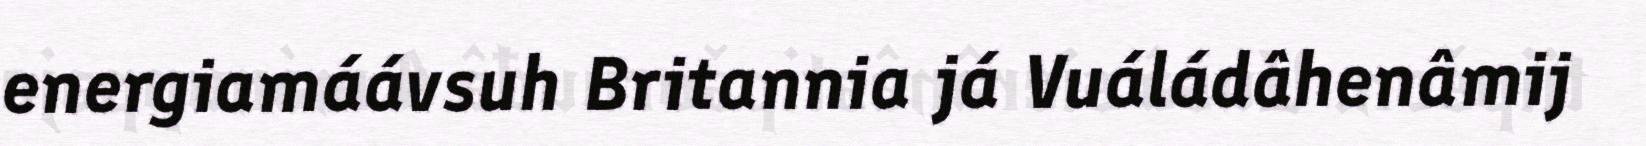
energiamáávsuh Britannia já Vuáládâhenâmij